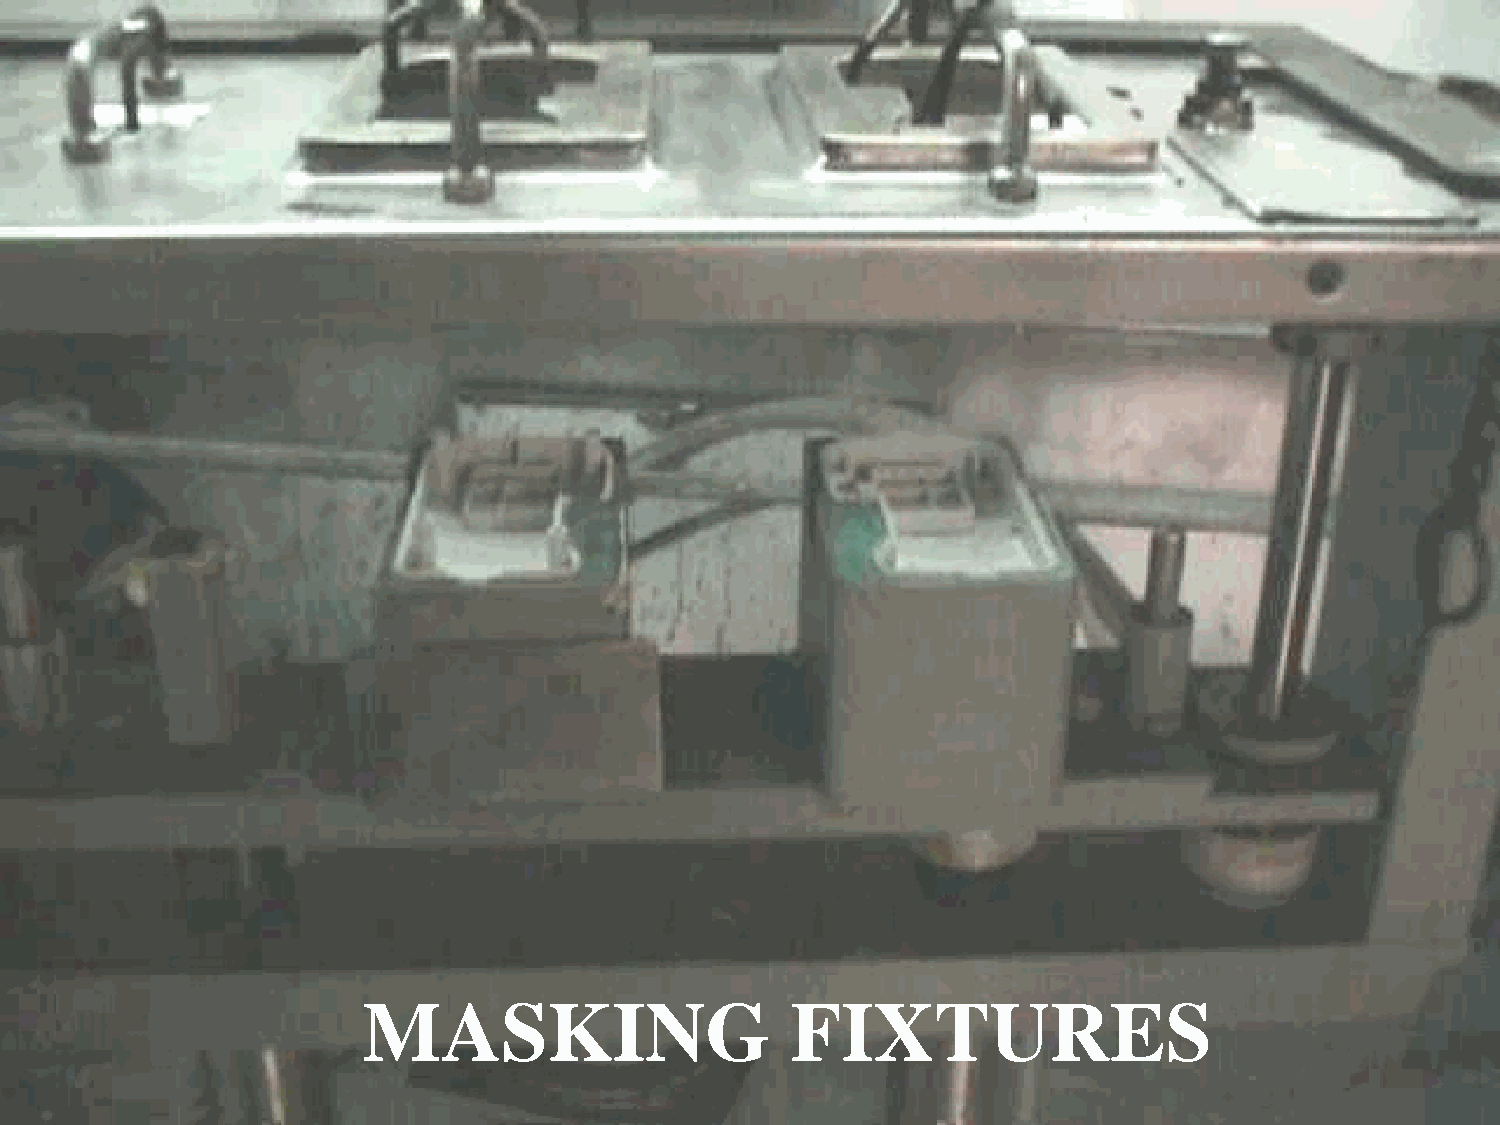
MASKING                     FIXTURES
 14